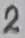
Text: 2